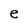
Character: e